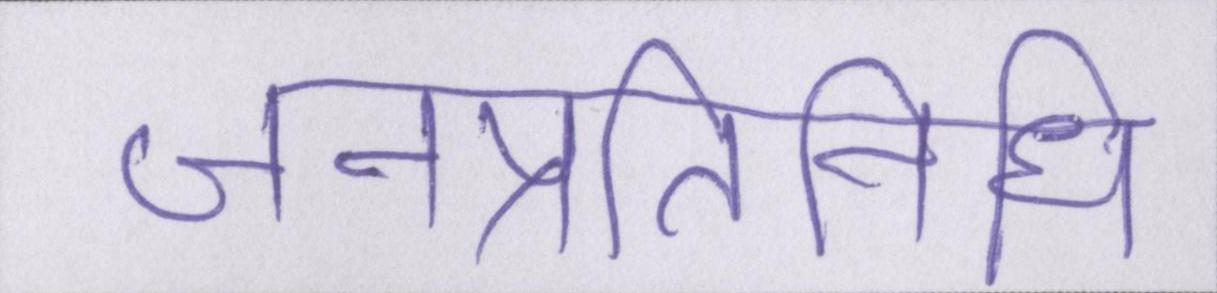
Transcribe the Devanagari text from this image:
जनप्रतिनिधि